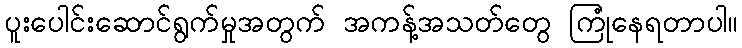
ပူးပေါင်းဆောင်ရွက်မှုအတွက် အကန့်အသတ်တွေ ကြုံနေရတာပါ။